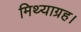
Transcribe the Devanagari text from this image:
मिथ्याग्रह।